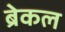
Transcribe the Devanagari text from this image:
ब्रेकल